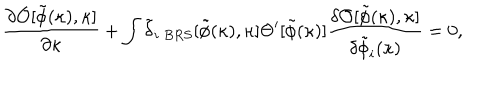
LaTeX: { \frac { \partial { \cal O } [ \tilde { \phi } ( \kappa ) , \kappa ] } { \partial \kappa } } + \int \tilde { \delta } _ { i \ B R S } [ \tilde { \phi } ( \kappa ) , \kappa ] \Theta ^ { \prime } [ \tilde { \phi } ( \kappa ) ] { \frac { \delta { \cal O } [ \tilde { \phi } ( \kappa ) , \kappa ] } { \delta \tilde { \phi } _ { i } ( \kappa ) } } = 0 ,